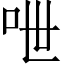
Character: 呭